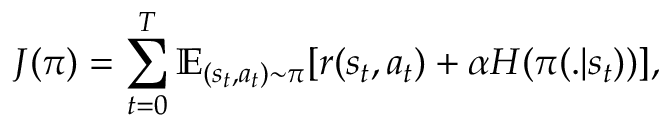
J ( \pi ) = \sum _ { t = 0 } ^ { T } \mathbb { E } _ { ( s _ { t } , a _ { t } ) \sim \pi } { [ r ( s _ { t } , a _ { t } ) + \alpha H ( \pi ( . | s _ { t } ) ) ] } ,